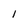
Character: l